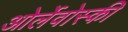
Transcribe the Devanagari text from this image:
ओर्लेवोस्की